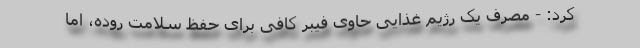
کرد: - مصرف یک رژیم غذایی حاوی فیبر کافی برای حفظ سلامت روده، اما